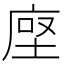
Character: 𫝷